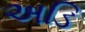
અડિ